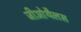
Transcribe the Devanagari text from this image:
जीओथैलस